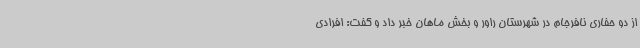
از دو حفاری نافرجام در شهرستان راور و بخش ماهان خبر داد و گفت: افرادی